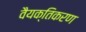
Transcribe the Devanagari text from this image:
वैयक्तिकरण